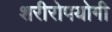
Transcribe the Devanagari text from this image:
शरीरोपयोगी